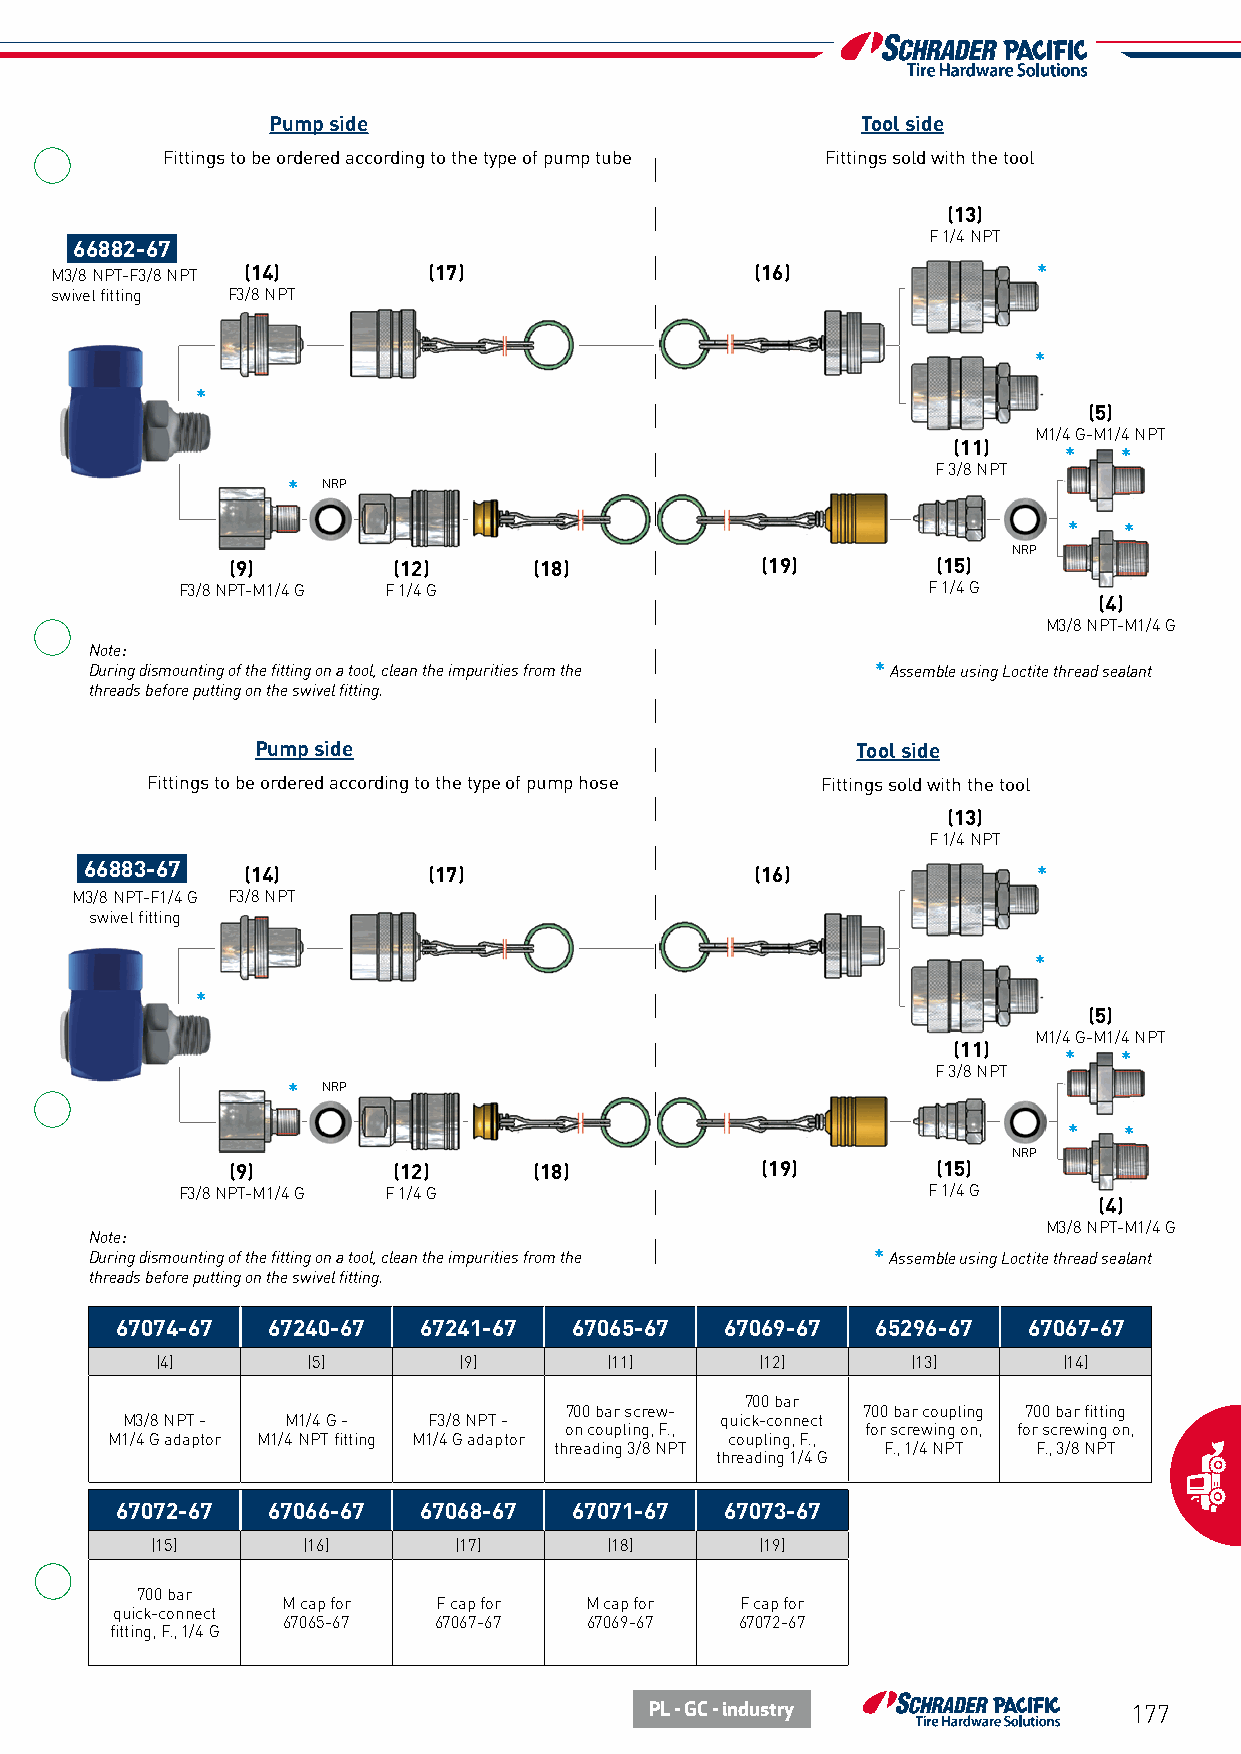
Pump side                              Tool side
 Fittings to be ordered according to the type of pump tube Fittings sold with the tool
 (13)
 F 1/4 NPT
 66882-67
 M3/8 NPT-F3/8 NPT (14)   (17)                  (16)               *
 swivel fitting F3/8 NPT
 *
 *
 (5)
 M1/4 G-M1/4 NPT
 (11)
 *   *
 F 3/8 NPT
 * NRP
 *  *
 NRP
 (9)        (12)     (18)           (19)        (15)
 F3/8 NPT-M1/4 G F 1/4 G                          F 1/4 G
 (4)
 M3/8 NPT-M1/4 G
 Note:
 During dismounting of the fitting on a tool, clean the impurities from the * Assemble using Loctite thread sealant
 threads before putting on the swivel fitting.
 Pump side                               Tool side
 Fittings to be ordered according to the type of pump hose Fittings sold with the tool
 (13)
 F 1/4 NPT
 66883-67  (14)        (17)                  (16)               *
 M3/8 NPT-F1/4 G F3/8 NPT
 swivel fitting
 *
 *
 (5)
 M1/4 G-M1/4 NPT
 (11)
 *   *
 F 3/8 NPT
 * NRP
 *  *
 NRP
 (9)        (12)     (18)           (19)        (15)
 F3/8 NPT-M1/4 G F 1/4 G                          F 1/4 G
 (4)
 M3/8 NPT-M1/4 G
 Note:
 During dismounting of the fitting on a tool, clean the impurities from the * Assemble using Loctite thread sealant
 threads before putting on the swivel fitting.
 67074-67  67240-67  67241-67  67065-67  67069-67  65296-67  67067-67
 (4)       (5)       (9)       (11)      (12)      (13)      (14)
 700 bar
 700 bar screw-      700 bar coupling 700 bar fitting
 M3/8 NPT - M1/4 G - F3/8 NPT -          quick-connect
 on coupling, F.,    for screwing on, for screwing on,
 M1/4 G adaptor M1/4 NPT fitting M1/4 G adaptor coupling, F.,
 threading 3/8 NPT    F., 1/4 NPT F., 3/8 NPT
 threading 1/4 G
 67072-67  67066-67  67068-67  67071-67  67073-67
 (15)      (16)      (17)      (18)      (19)
 700 bar
 M cap for F cap for M cap for F cap for
 quick-connect
 67065-67  67067-67  67069-67  67072-67
 fitting, F., 1/4 G
 PL - GC - industry              177